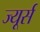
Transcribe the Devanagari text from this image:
ज्यूर्स